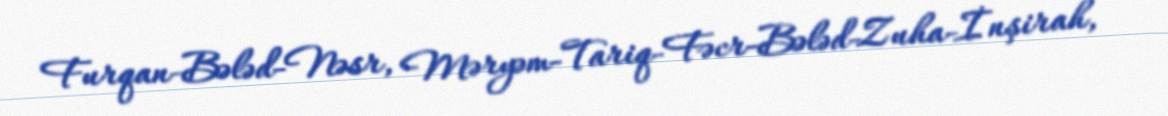
Furqan-Bələd-Nəsr, Məryəm-Tariq-Fəcr-Bələd-Zuha-İnşirah,